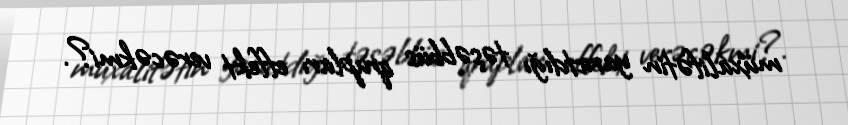
müxalifətin yaratdığı təşəbbüs qrupları effekt verəcəkmi?.